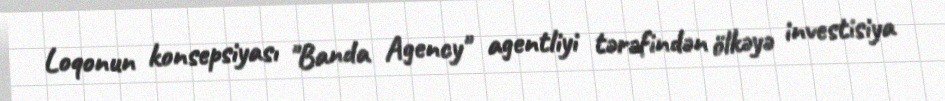
Loqonun konsepsiyası "Banda Agency" agentliyi tərəfindən ölkəyə investisiya